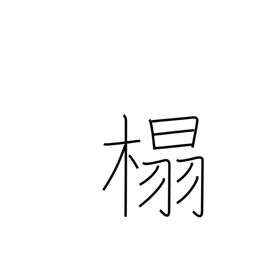
Meaning: chair